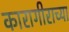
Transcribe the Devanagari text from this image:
कारागीराच्या